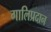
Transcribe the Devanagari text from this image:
गालिप्रदान